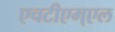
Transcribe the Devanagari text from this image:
एचटीएम्एल